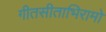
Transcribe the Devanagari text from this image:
गीतसीताभिरामो